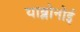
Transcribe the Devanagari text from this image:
याब्लोनोई